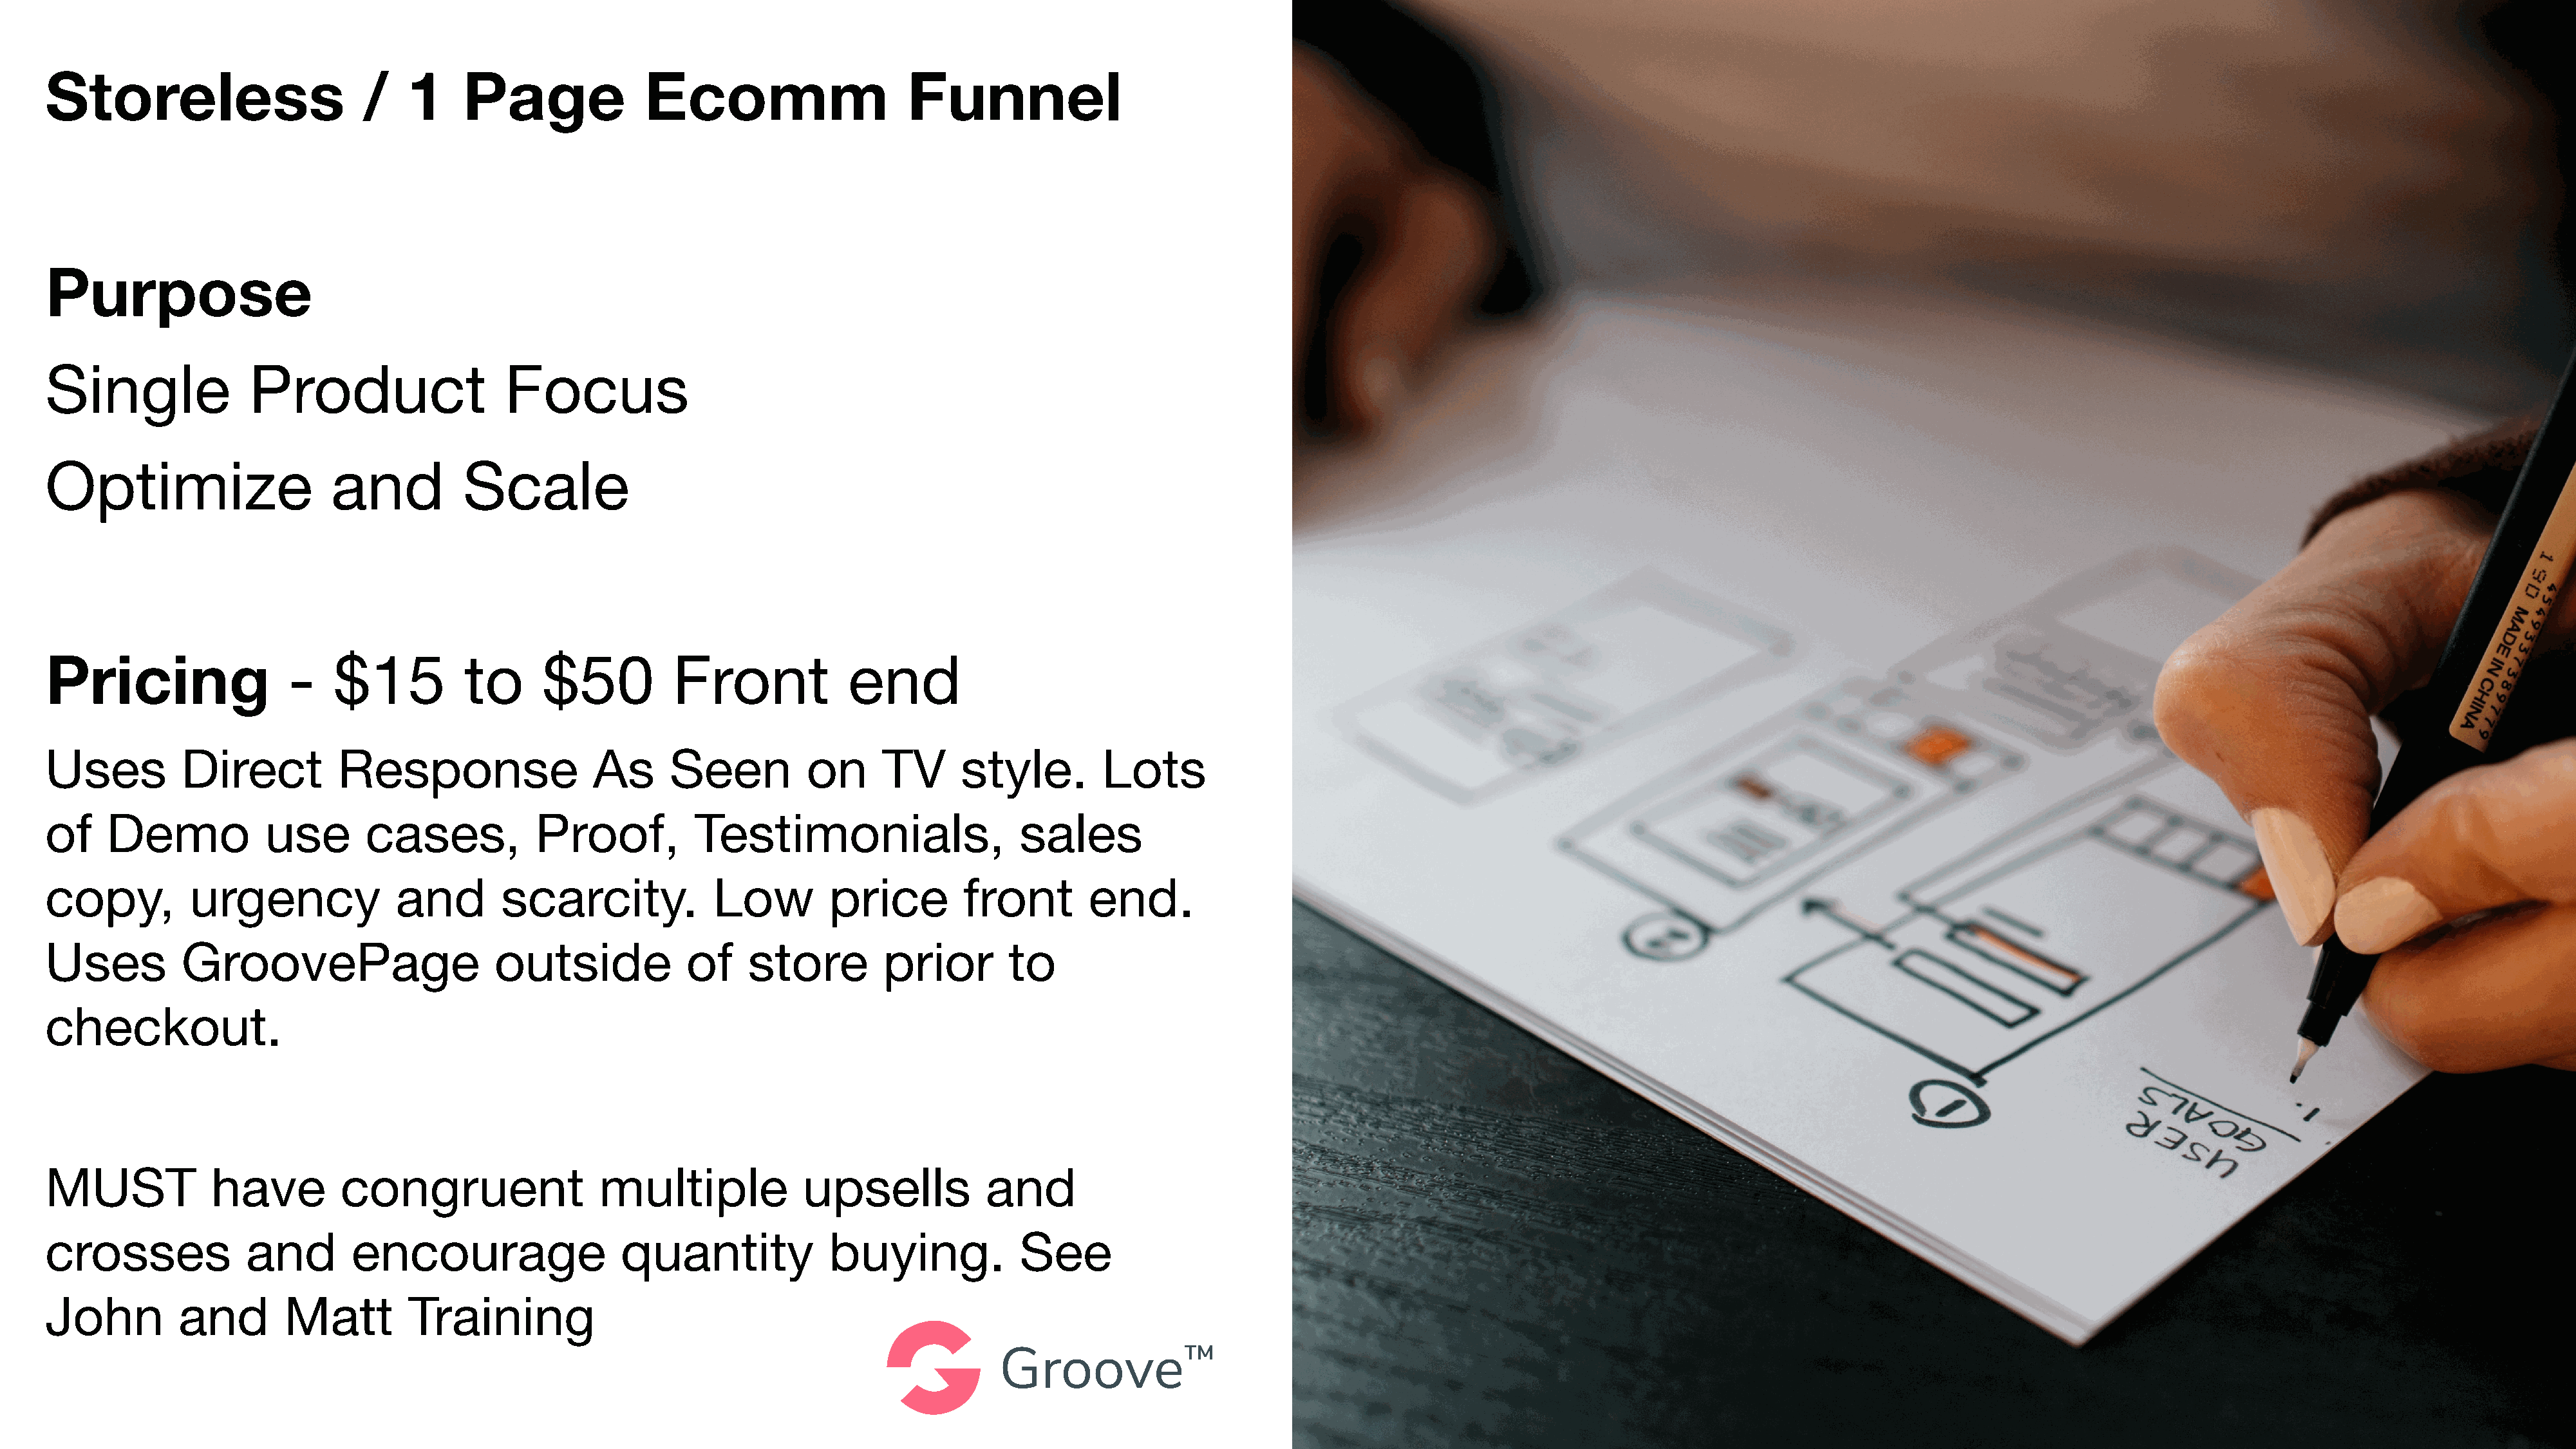
Storeless                       /    1     Page              Ecomm                      Funnel
 Purpose
 Single               Product                   Focus
 Optimize                     and           Scale
 Pricing                  -   $15           to      $50          Front             end
 Uses          Direct          Response                  As      Seen          on      TV      style.        Lots
 of    Demo            use        cases,           Proof,          Testimonials,                     sales
 copy,         urgency               and        scarcity.            Low         price         front        end.
 Uses          GroovePage                      outside             of    store         prior        to
 checkout.
 MUST             have         congruent                  multiple             upsells           and
 crosses             and        encourage                   quantity             buying.             See
 John         and        Matt         Training